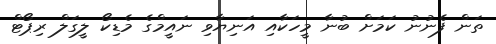
ތަން ފެނުނު ކަމަށް ބުނާ މީހަކާއި އަނިޔާވި ނައީމްގެ މެޑިކޯ ލީގަލް ރިޕޯޓް